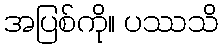
အပြစ်ကို။ ပဿသိ